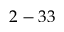
2 - 3 3